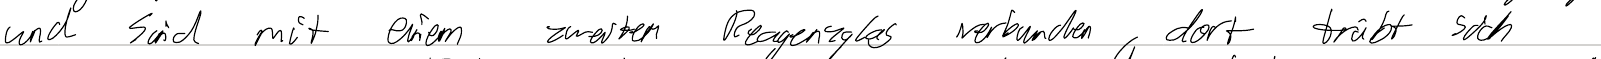
und sin mit einem zweiten Reagenzglas verbunden, dort trübt sich